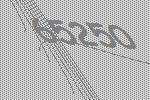
65250